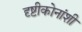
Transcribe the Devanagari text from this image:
दृष्टीकोनांशी